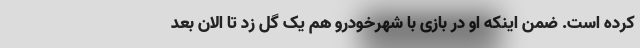
کرده است. ضمن اینکه او در بازی با شهرخودرو هم یک گل زد تا الان بعد